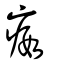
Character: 瘕